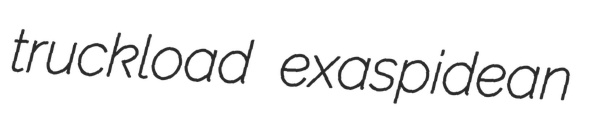
truckload exaspidean